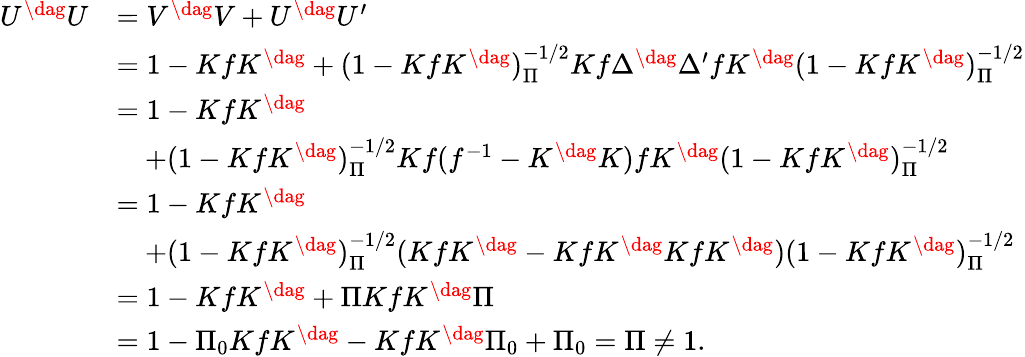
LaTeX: \begin{array}{rl}{{U^{\dag}U}}&{{=V^{\dag}V+U^{\dag}U^{\prime}}}\\ {{}}&{{=1-KfK^{\dag}+(1-KfK^{\dag})_{\Pi}^{-1/2}Kf\Delta^{\dag}\Delta^{\prime}fK^{\dag}(1-KfK^{\dag})_{\Pi}^{-1/2}}}\\ {{}}&{{=1-KfK^{\dag}}}\\ {{}}&{{\quad+(1-KfK^{\dag})_{\Pi}^{-1/2}Kf(f^{-1}-K^{\dag}K)fK^{\dag}(1-KfK^{\dag})_{\Pi}^{-1/2}}}\\ {{}}&{{=1-KfK^{\dag}}}\\ {{}}&{{\quad+(1-KfK^{\dag})_{\Pi}^{-1/2}(KfK^{\dag}-KfK^{\dag}KfK^{\dag})(1-KfK^{\dag})_{\Pi}^{-1/2}}}\\ {{}}&{{=1-KfK^{\dag}+\Pi KfK^{\dag}\Pi}}\\ {{}}&{{=1-\Pi_{0}KfK^{\dag}-KfK^{\dag}\Pi_{0}+\Pi_{0}=\Pi\ne 1.}}\end{array}